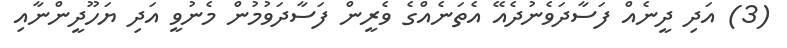
(3) އަދި ދީނެއް ފަސާދަވެނުދެއޭ އެތަނެއްގެ ވެރީން ފަސާދަވުމުން މެނުވީ އަދި ޔަހޫދީންނާއި